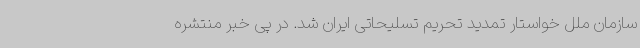
سازمان ملل خواستار تمدید تحریم تسلیحاتی ایران شد. در پی خبر منتشره